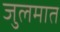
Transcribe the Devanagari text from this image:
जुलमात